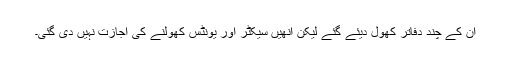
ان کے چند دفاتر کھول دیئے گئے لیکن انھیں سیکٹر اور یونٹس کھولنے کی اجازت نہیں دی گئی۔